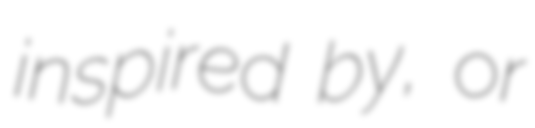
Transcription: inspired by, or